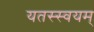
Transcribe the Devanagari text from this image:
यतस्स्वयम्